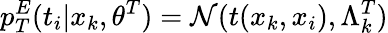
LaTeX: p_{T}^{E}(t_{i}|x_{k},\theta^{T})=\mathcal N(t(x_{k},x_{i}),\Lambda_{k}^{T})